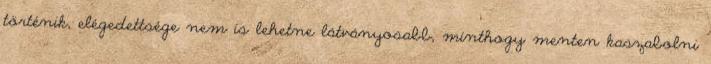
történik, elégedettsége nem is lehetne látványosabb, minthogy menten kaszabolni